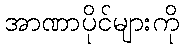
အာဏာပိုင်များကို